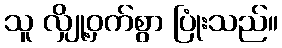
သူ လျှို့ဝှက်စွာ ပြုံးသည်။